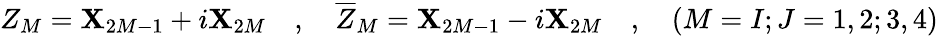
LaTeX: Z_{M}=\mathbf{X}_{2M-1}+i\mathbf{X}_{2M}\quad,\quad\overline{{{{Z}}}}_{M}=\mathbf{X}_{2M-1}-i\mathbf{X}_{2M}\quad,\quad(M=I;J=1,2;3,4)